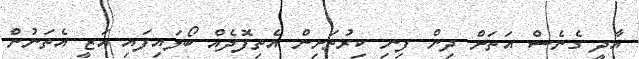
އާދީ ގެނެސް އަތަށް ދިން ފިނި ކިރުތަށިން އެތިފޮދެއް ބޯލައިފައި އަޒީ އެތަނުން